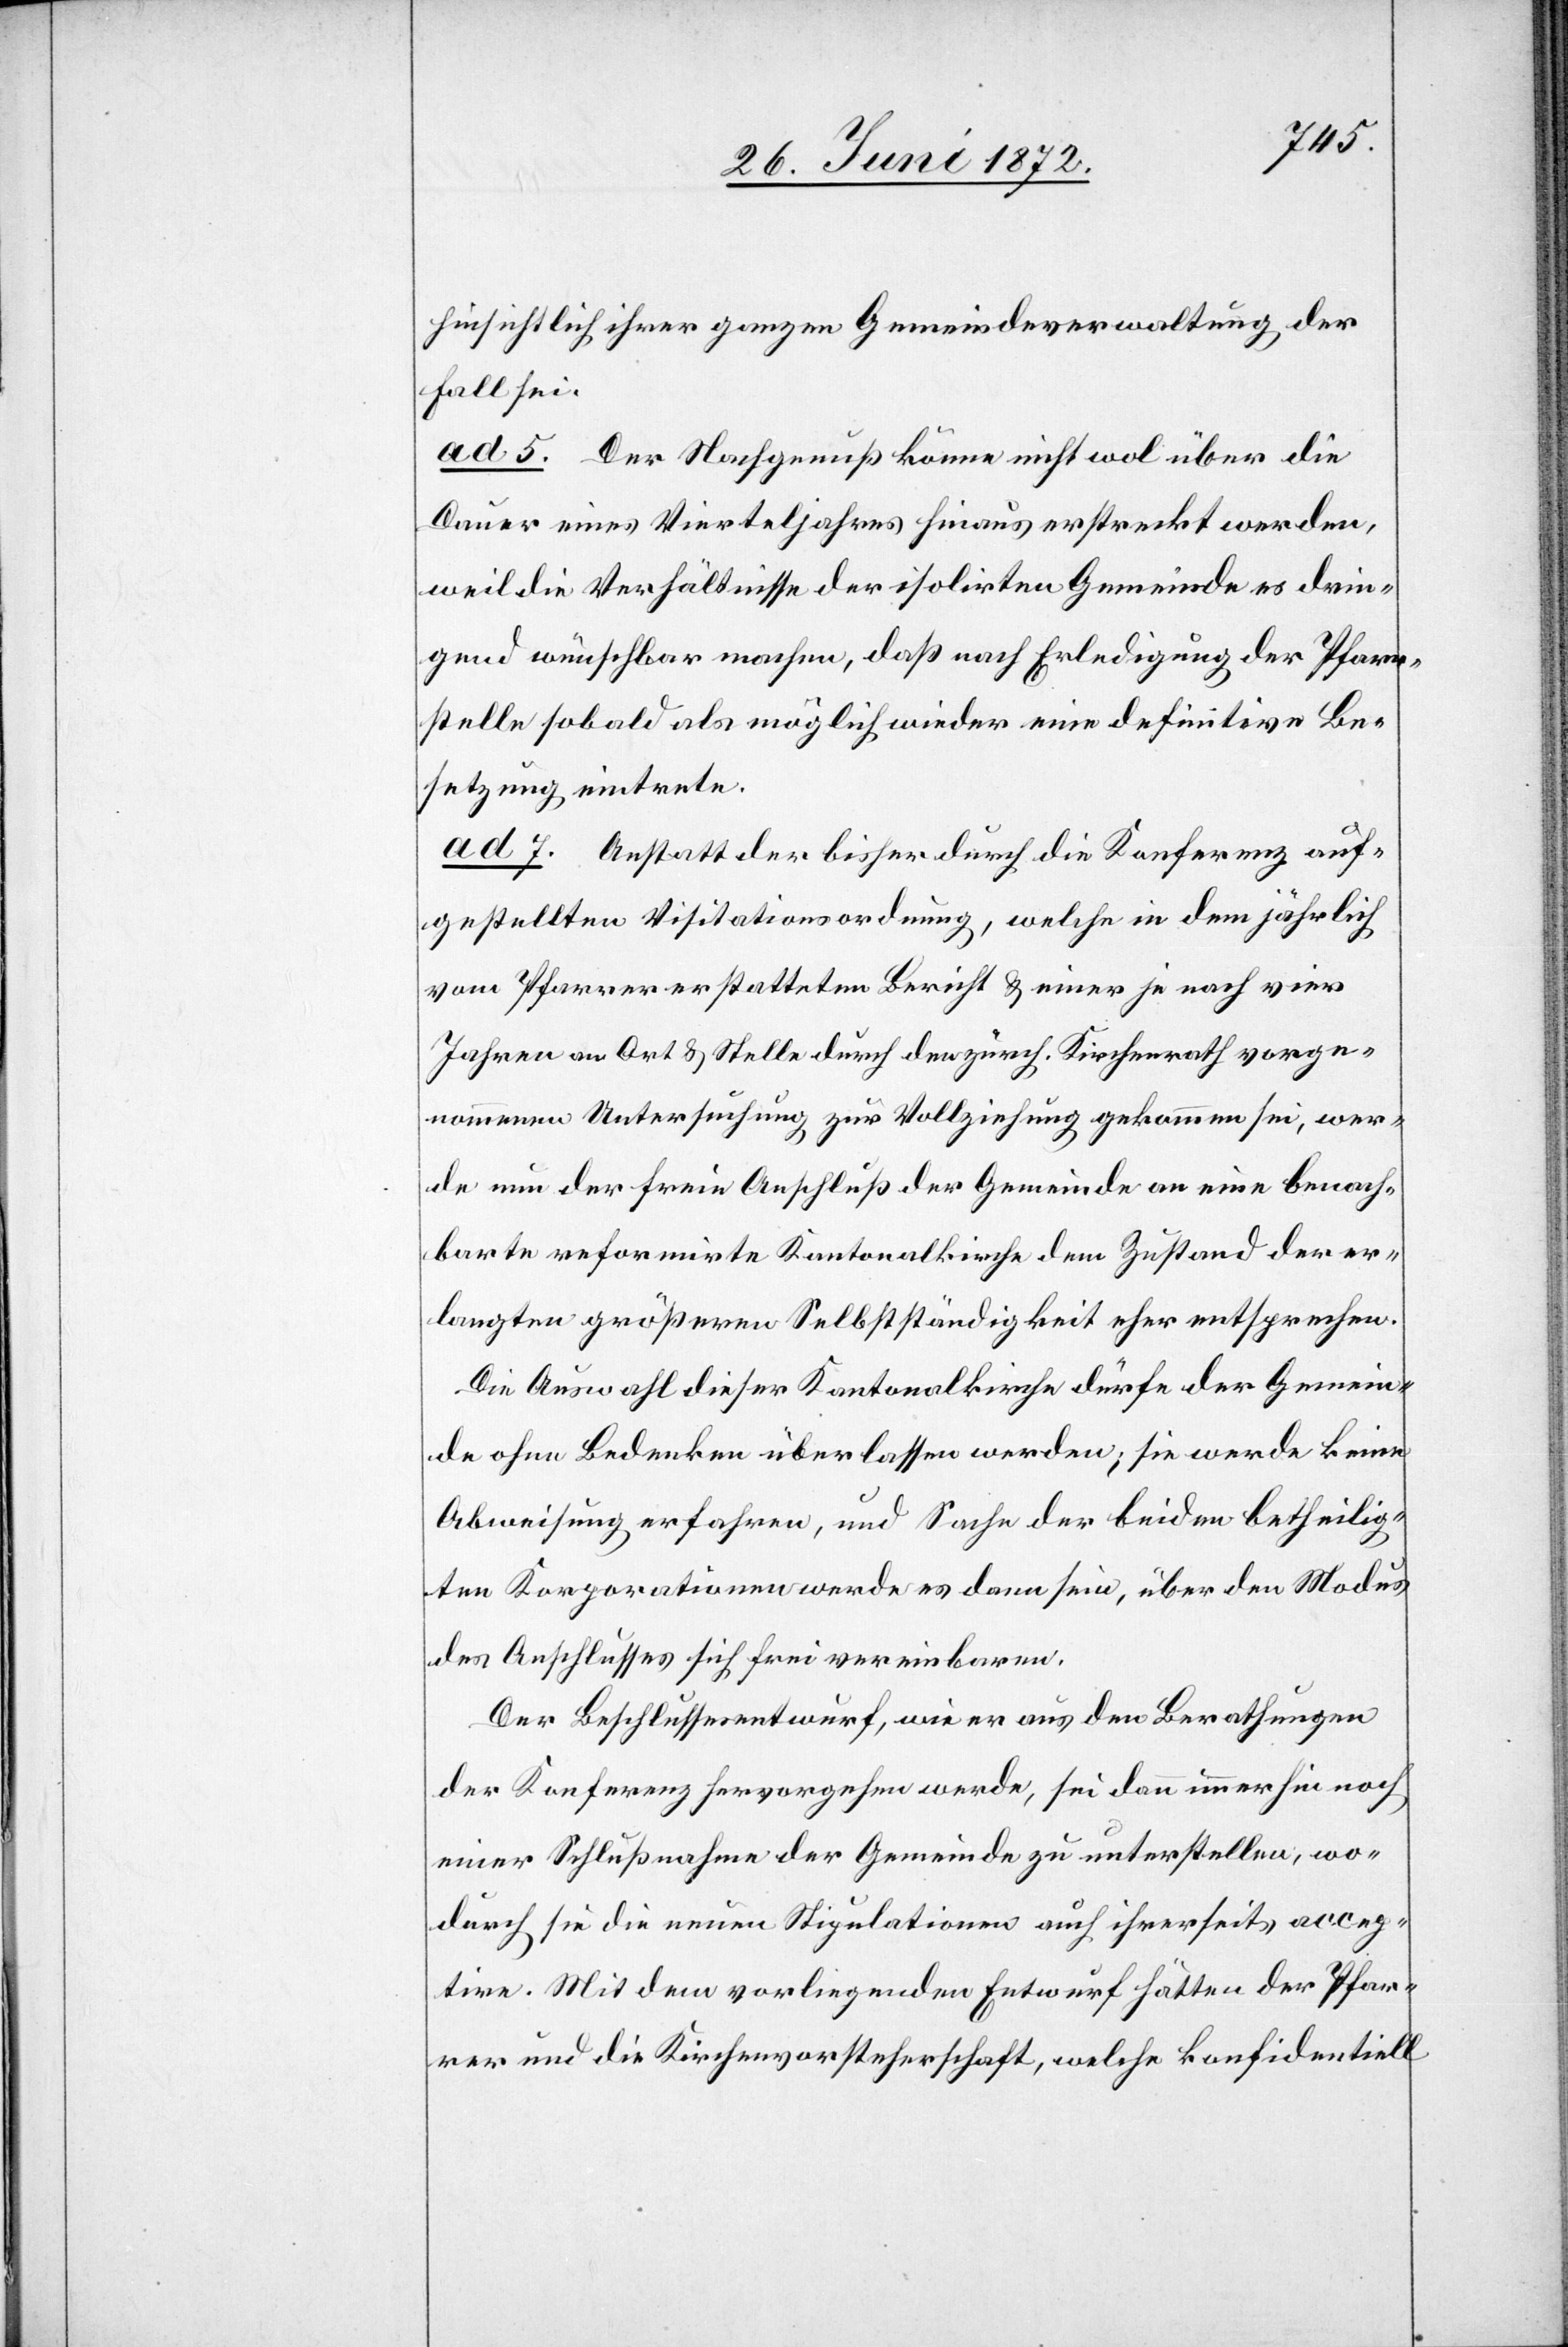
hinsichtlich ihrer ganzen Gemeindeverwaltung der
Fall sei.
ad 5. Der Nachgenuß könne nicht wol über die
Dauer eines Vierteljahres hinaus erstreckt werden,
weil die Verhältnisse der isolirten Gemeinde es drin¬
gend wünschbar machen, daß nach Erledigung der Pfarr¬
stelle sobald als möglich wieder eine definitive Be¬
setzung eintrete.
ad 7. Anstatt der bisher durch die Konferenz auf¬
gestellten Visitationsordnung, welche in dem jährlich
vom Pfarrer erstatteten Bericht u. einer je nach vier
Jahren an Ort u. Stelle durch den zürch. Kirchenrath vorge¬
nommenen Untersuchung zur Vollziehung gekommen sei, wer¬
de nun der freie Anschluß der Gemeinde an eine benach¬
barte reformirte Kantonalkirche dem Zustand der er¬
langten größeren Selbstständigkeit eher entsprechen.
Die Auswahl dieser Kantonalkirche dürfe der Gemein¬
de ohne Bedenken überlassen werden; sie werde keine
Abweisung erfahren, und Sache der beiden betheilig¬
ten Korporationen werde es dann sein, über den Modus
des Anschlusses sich frei vereinbaren.
Der Beschlussesentwurf, wie er aus den Berathungen
der Konferenz hervorgehen werde, sei dann immerhin noch
einer Schlußnahme der Gemeinde zu unterstellen, wo¬
durch sie die neuen Stipulationen auch ihrerseits accep¬
tire. Mit dem vorliegenden Entwurf hätten der Pfar¬
rer und die Kirchenvorsteherschaft, welche konfidentiell